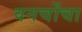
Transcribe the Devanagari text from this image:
वनचोंचा